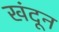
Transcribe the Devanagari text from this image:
खंदून